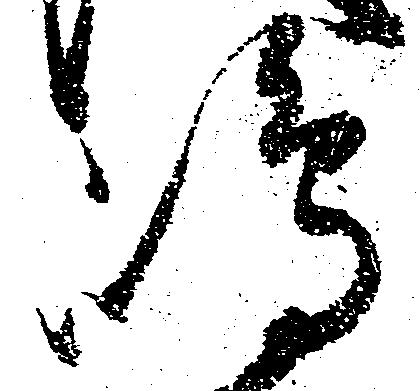
嶋